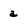
Character: a